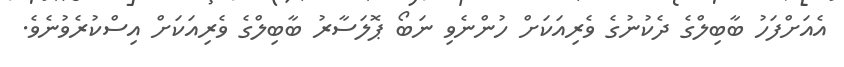
އެއަށްފަހު ބާބިލްގެ ދެކުނުގެ ވެރިއަކަށް ހުންނެވި ނަބޯ ޕޮލަސާރު ބާބިލްގެ ވެރިއަކަށް އިސްކުރެވުނެވެ.